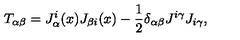
T _ { \alpha \beta } = J _ { \alpha } ^ { i } ( x ) J _ { \beta i } ( x ) - \frac { 1 } { 2 } \delta _ { \alpha \beta } J ^ { i \gamma } J _ { i \gamma } ,